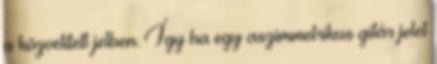
a közvetített jelben. Így ha egy aszimmetrikus gitár jelet